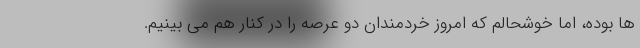
ها بوده، اما خوشحالم که امروز خردمندان دو عرصه را در کنار هم می بینیم.